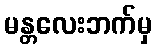
မန္တလေးဘက်မှ